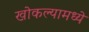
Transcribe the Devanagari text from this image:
खोकल्यामध्ये